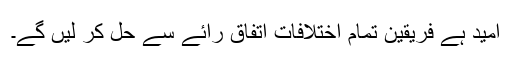
امید ہے فریقین تمام اختلافات اتفاق رائے سے حل کر لیں گے۔